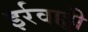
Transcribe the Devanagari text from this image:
इर्रवाड्डी